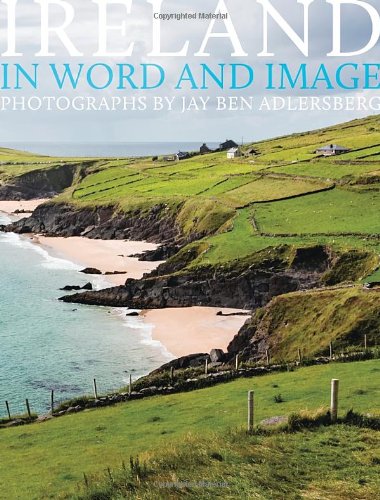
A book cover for Ireland: In Word and Image; Travel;